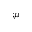
_ { ; \mu }